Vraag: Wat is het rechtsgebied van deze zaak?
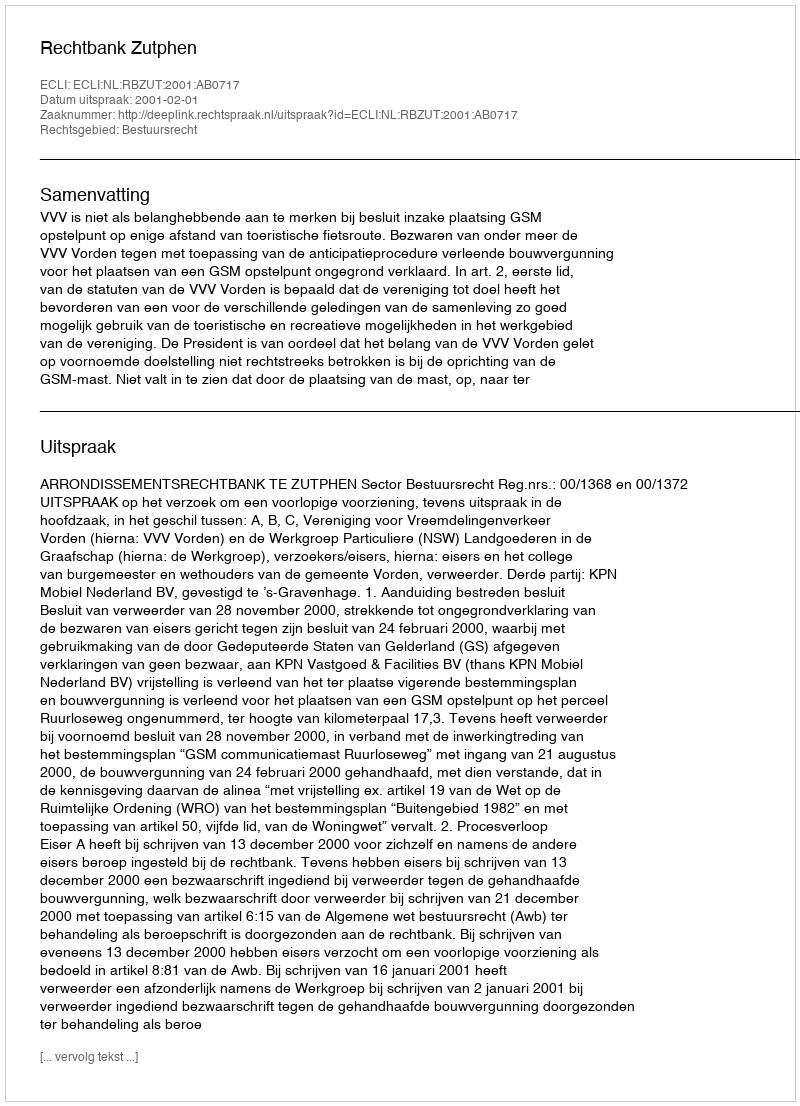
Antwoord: Bestuursrecht